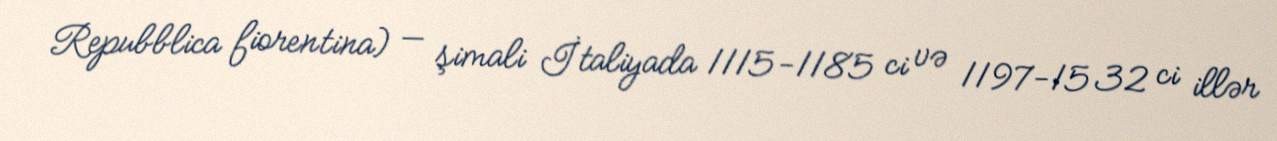
Repubblica fiorentina) — şimali İtaliyada 1115-1185 ci və 1197-1532 ci illər